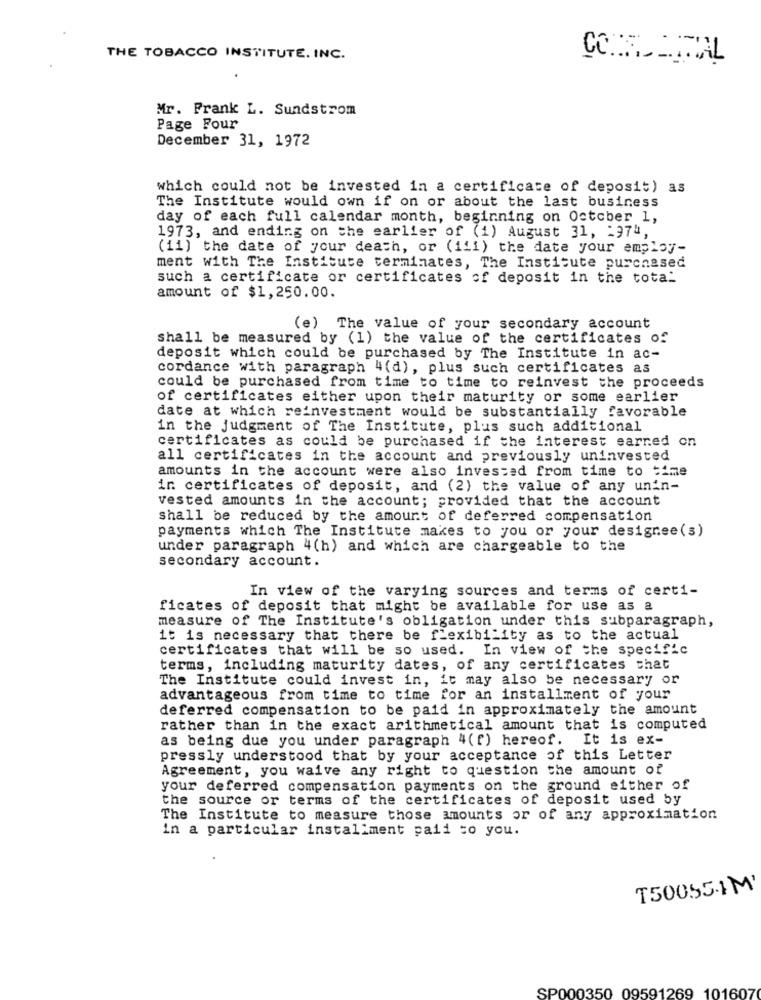
THE TOBACCO INSTITUTE. INC.
Mr. Frank L. Sundstrom
Page Four
December 31, 1972
which could not be invested in a certificate of deposit) as
The Institute would own if on or about the last business
day of each full calendar month, beginning on October 1,
1973, and ending on the earlier of (1) August 31, 197",
(11) the date of your death, or (iii) the date your employ-
ment with The Institute terminates, The Institute purchased
such a certificate or certificates of deposit in the total
amount of $1,250.00.
(e) The value of your secondary account
shall be measured by (1) the value of the certificates of
deposit which could be purchased by The Institute in ac-
cordance with paragraph 4(d), plus such certificates as
could be purchased from time to time to reinvest the proceeds
of certificates either upon their maturity or some earlier
date at which reinvestment would be substantially favorable
in the judgment of The Institute, plus such additional
certificates as could be purchased if the interest earned on
all certificates in the account and previously uninvested
amounts in the account were also invested from time to time
in certificates of deposit, and (2) the value of any unin-
vested amounts in the account; provided that the account
shall be reduced by the amount of deferred compensation
payments which The Institute makes to you or your designee(s)
under paragraph 4(h) and which are chargeable to the
secondary account.
In view of the varying sources and terms of certi-
ficates of deposit that might be available for use as a
measure of The Institute's obligation under this subparagraph,
it is necessary that there be flexibility as to the actual
certificates that will be so used. In view of the specific
terms, including maturity dates, of any certificates chat
The Institute could invest in, it may also be necessary or
advantageous from time to time for an installment of your
deferred compensation to be paid in approximately the amount
rather than in the exact arithmetical amount that is computed
as being due you under paragraph 4(f) hereof. It is ex-
pressly understood that by your acceptance of this Letter
Agreement, you waive any right to question the amount of
your deferred compensation payments on the ground either of
the source or terms of the certificates of deposit used by
The Institute to measure those amounts or of any approximation
in a particular installment paid to you.
T50055-1M'
SP000350 09591269 101607